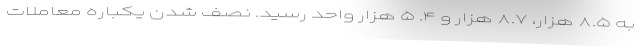
به ۸.۵ هزار، ۸.۷ هزار و ۴. ۵ هزار واحد رسید. نصف شدن یکباره معاملات